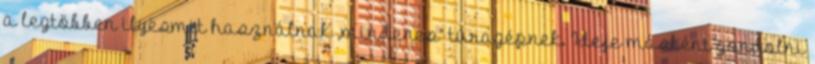
a legtöbben ilyesmit használnak „mindenes” túragépnek. Ideje másként gondolni